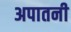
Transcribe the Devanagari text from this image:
अपातनी